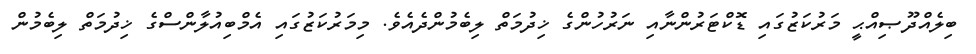
ބިލެއްދޫޞިއްޙީ މަރުކަޒުގައި ޑޮކްޓަރުންނާއި ނަރުހުންގެ ޚިދުމަތް ލިބެމުންދެއެވެ. މިމަރުކަޒުގައި އެމްބިއުލާންސްގެ ޚިދުމަތް ލިބެމުން